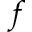
f